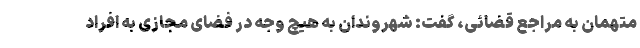
متهمان به مراجع قضائی، گفت: شهروندان به هیچ وجه در فضای مجازی به افراد